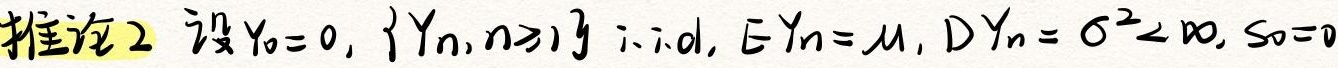
推论2 设$Y_0 = 0$, $\{Y_n, n\geq1\}$ i.i.d, $E Y_n = \mu$, $D Y_n=\sigma^2<\infty$, $S_0 = 0$